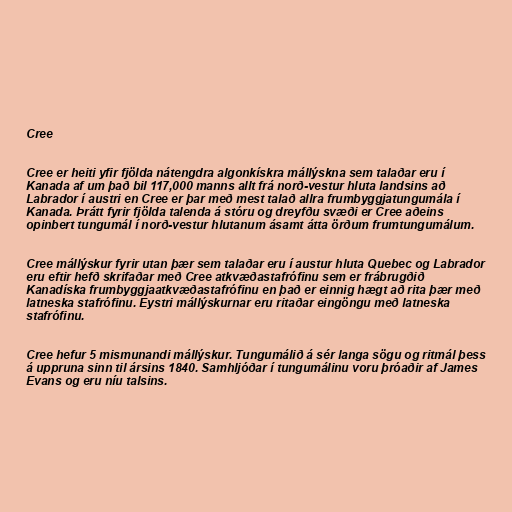
Cree

Cree er heiti yfir fjölda nátengdra algonkískra mállýskna sem talaðar eru í
Kanada af um það bil 117,000 manns allt frá norð-vestur hluta landsins að
Labrador í austri en Cree er þar með mest talað allra frumbyggjatungumála í
Kanada. Þrátt fyrir fjölda talenda á stóru og dreyfðu svæði er Cree aðeins
opinbert tungumál í norð-vestur hlutanum ásamt átta örðum frumtungumálum.

Cree mállýskur fyrir utan þær sem talaðar eru í austur hluta Quebec og Labrador
eru eftir hefð skrifaðar með Cree atkvæðastafrófinu sem er frábrugðið
Kanadíska frumbyggjaatkvæðastafrófinu en það er einnig hægt að rita þær með
latneska stafrófinu. Eystri mállýskurnar eru ritaðar eingöngu með latneska
stafrófinu.

Cree hefur 5 mismunandi mállýskur. Tungumálið á sér langa sögu og ritmál þess
á uppruna sinn til ársins 1840. Samhljóðar í tungumálinu voru þróaðir af James
Evans og eru níu talsins.